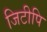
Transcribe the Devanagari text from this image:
जिटीपि